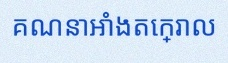
គណនាអាំងតេក្រាល